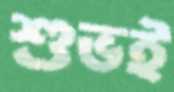
শুভই